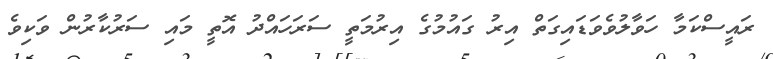
ރައީސްކަމާ ހަވާލުވެވަޑައިގަތް އިރު ގައުމުގެ އިރުމަތީ ސަރަހައްދު އޮތީ މައި ސަރުކާރުން ވަކިވެ